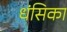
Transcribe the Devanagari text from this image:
धंसिका